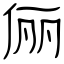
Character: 俪